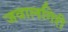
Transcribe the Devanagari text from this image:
जवालगिरी